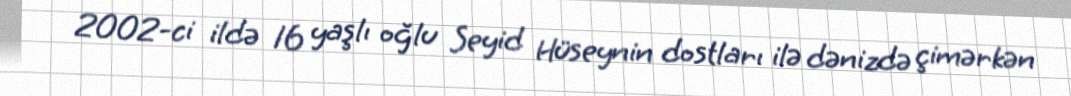
2002-ci ildə 16 yaşlı oğlu Seyid Hüseynin dostları ilə dənizdə çimərkən